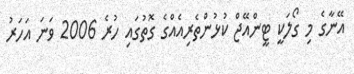
އޭނާގެ މި ގޯލަކީ ޓީންއޭޖް ކުޅުންތެރިއެއްގެ ގޮތުގައި ހުރެ 2006 ވަނަ އަހަރު